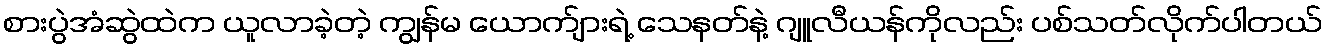
စားပွဲအံဆွဲထဲက ယူလာခဲ့တဲ့ ကျွန်မ ယောက်ျားရဲ့ သေနတ်နဲ့ ဂျူလီယန်ကိုလည်း ပစ်သတ်လိုက်ပါတယ်